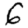
Digit: 6